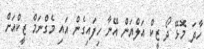
ހާދަ މޮޅޭ ދޯ ޒީކް އަލްޔަން އޭނާ ހިފައިގެން އައި މެގްނަމް ޒީކްއަށް